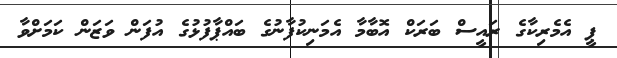
ޕީ އެމެރިކާގެ ރައީސް ބަރަކް އޮބާމާ އެމަނިކުފާނުގެ ބައްޕާފުޅުގެ އުފަން ވަޒަން ކަމަށްވާ